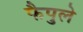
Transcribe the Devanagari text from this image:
फैपुले